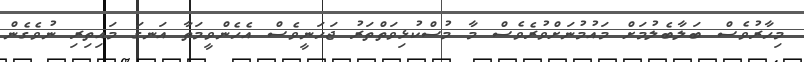
މިހާރުވެސް ބަލާބެލުމަށް މައުމުނަށްވުރެވެސް މާ މުސްކުޅިވަތްތަރު ޖަހަނީވެސް އެހެންވީމަތާ އަނގަ މައިތިރި ނުވެގެން